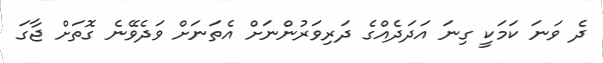
ދެ ވަނަ ކަމަކީ ގިނަ އަދަދެއްގެ ދަރިވަރުންނަށް އެތަނަށް ވަދެވޭނެ ގޮތަށް ޖާގަ